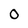
Character: 0